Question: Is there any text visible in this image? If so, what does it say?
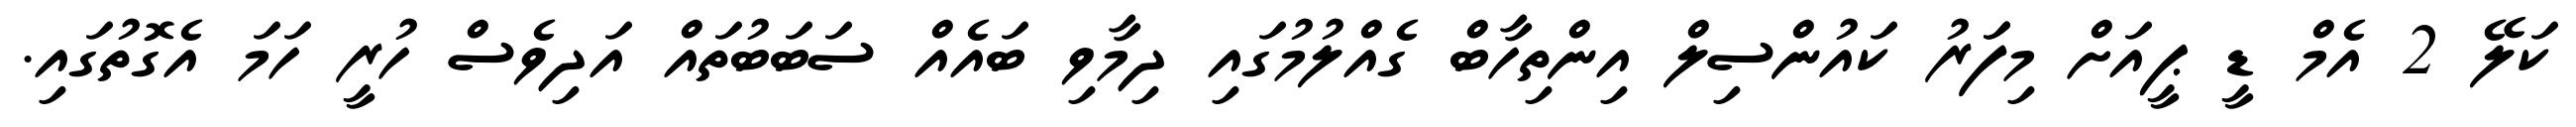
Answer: ކަލޭ 2 އެމް ޑީ ޕީއަށް މިފަަރު ކައުންސިލް އިންތިހާބް ގެއްލުމުގައި ދިމާވި ބައެއް ސަބަބުތައް އަދިވެސް ހުރީ ހަމަ އެގޮތުގައި.